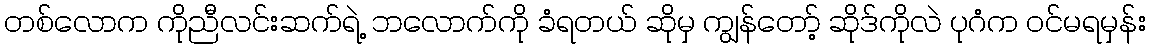
တစ်လောက ကိုညီလင်းဆက်ရဲ့ ဘလောက်ကို ခံရတယ် ဆိုမှ ကျွန်တော့် ဆိုဒ်ကိုလဲ ပုဂံက ဝင်မရမှန်း